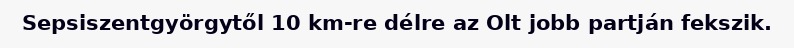
Sepsiszentgyörgytől 10 km-re délre az Olt jobb partján fekszik.